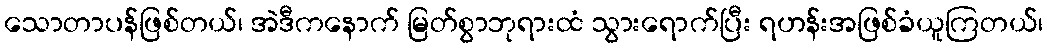
သောတာပန်ဖြစ်တယ်၊ အဲဒီကနောက် မြတ်စွာဘုရားထံ သွားရောက်ပြီး ရဟန်းအဖြစ်ခံယူကြတယ်၊